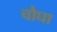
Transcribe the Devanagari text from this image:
चौघा